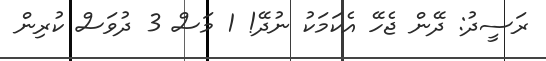
ރަސީދު: ދޭން ޖެހޭ އެކަމަކު ނުދޭ! 1 މަސް 3 ދުވަސް ކުރިން